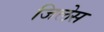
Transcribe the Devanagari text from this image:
जिलेस